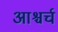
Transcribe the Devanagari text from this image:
आश्चर्च